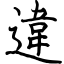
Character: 違